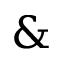
\&